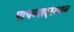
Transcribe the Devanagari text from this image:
पायव्यादरम्यान